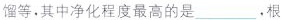
馏等，其中净化程度最高的是___，根